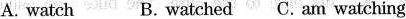
A. watch B. watched C. Am watching